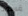
قسوة